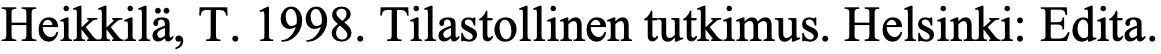
Heikkilä, T. 1998. Tilastollinen tutkimus. Helsinki: Edita.